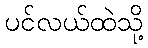
ပင်လယ်ထဲသို့